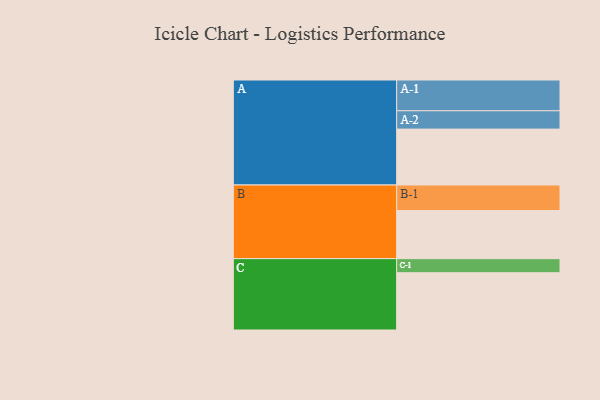
{"axis": {"x": "Segment", "y": "Value"}, "legend": ["", "A", "B", "C"], "data": [{"x": "A", "y": 485, "type": ""}, {"x": "B", "y": 417, "type": ""}, {"x": "C", "y": 497, "type": ""}, {"x": "A-1", "y": 267, "type": "A"}, {"x": "A-2", "y": 159, "type": "A"}, {"x": "B-1", "y": 222, "type": "B"}, {"x": "C-1", "y": 122, "type": "C"}]}